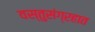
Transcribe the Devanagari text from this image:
वस्तुसंग्रहात